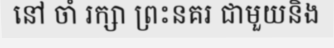
នៅ ចាំ រក្សា ព្រះនគរ ជាមួយនិង